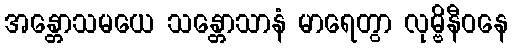
အန္တောသမယေ သန္တောသာနံ မာရေတွာ လုမ္ဗိနီဝနေ